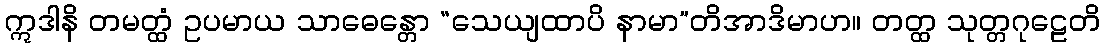
ဣဒါနိ တမတ္ထံ ဥပမာယ သာဓေန္တော “သေယျထာပိ နာမာ”တိအာဒိမာဟ။ တတ္ထ သုတ္တဂုဠေတိ